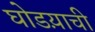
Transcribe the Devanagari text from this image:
घोडय़ाची